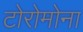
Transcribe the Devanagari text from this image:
टोरोमोना